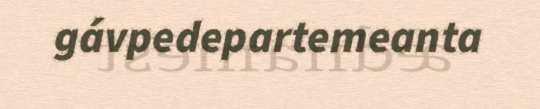
gávpedepartemeanta